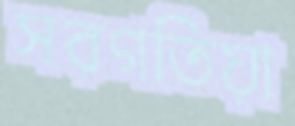
সরগতিয়া